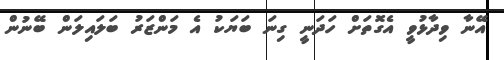
އޭނާ ވިދާޅުވީ އެގޮތަށް ހަދަނީ ގިނަ ބަޔަކު އެ މަންޒަރު ބަލައިލަން ބޭނުން